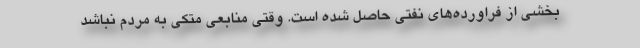
بخشی از فراورده‌های نفتی حاصل شده است. وقتی منابعی متكی به مردم نباشد